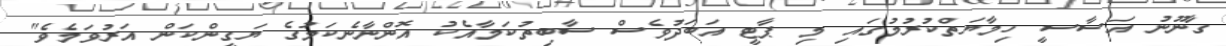
ގާނޫނު އަސާސީ ހިމާޔަތްކުރުމުގައި މި ޕާޓީ އަބަދުވެސް ސާބިތުކަމާއެކު އޮންނާނެކަމުގެ ޔަގީންކަން އަރުވަމެވެ"